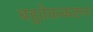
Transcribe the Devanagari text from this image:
बहुतेककरुन